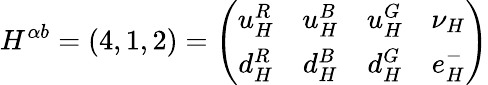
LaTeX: {H}^{\alpha b}=(4,1,2)=\left(\begin{array}{cccc}{{u_{H}^{R}}}&{{u_{H}^{B}}}&{{u_{H}^{G}}}&{{\nu_{H}}}\\ {{d_{H}^{R}}}&{{d_{H}^{B}}}&{{d_{H}^{G}}}&{{e_{H}^{-}}}\end{array}\right)